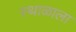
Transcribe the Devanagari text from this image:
स्थाळाला